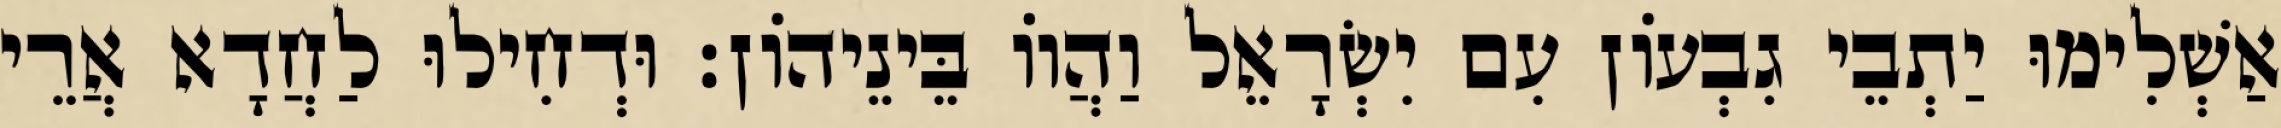
אַשְׁלִימוּ יַתְבֵי גִבְעוֹן עִם יִשְׂרָאֵל וַהֲווֹ בֵּינֵיהוֹן׃ וּדְחִילוּ לַחֲדָא אֲרֵי